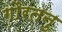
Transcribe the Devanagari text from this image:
गौरतनु